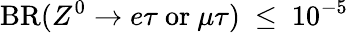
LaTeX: \mathrm{BR}(Z^{0}\to e\tau\ \mathrm{or}\ \mu\tau)\ \leq\ 10^{-5}